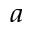
^ a